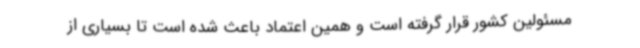
مسئولین کشور قرار گرفته است و همین اعتماد باعث شده است تا بسیاری از